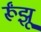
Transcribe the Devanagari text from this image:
र्रूंझू